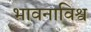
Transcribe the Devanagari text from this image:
भावनाविश्व